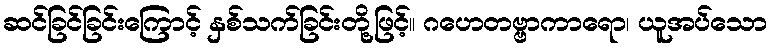
ဆင်ခြင်ခြင်းကြောင့် နှစ်သက်ခြင်းတို့ဖြင့်။ ဂဟေတဗ္ဗာကာရော၊ ယူအပ်သော